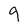
Character: 9